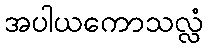
အပါယကောသလ္လံ